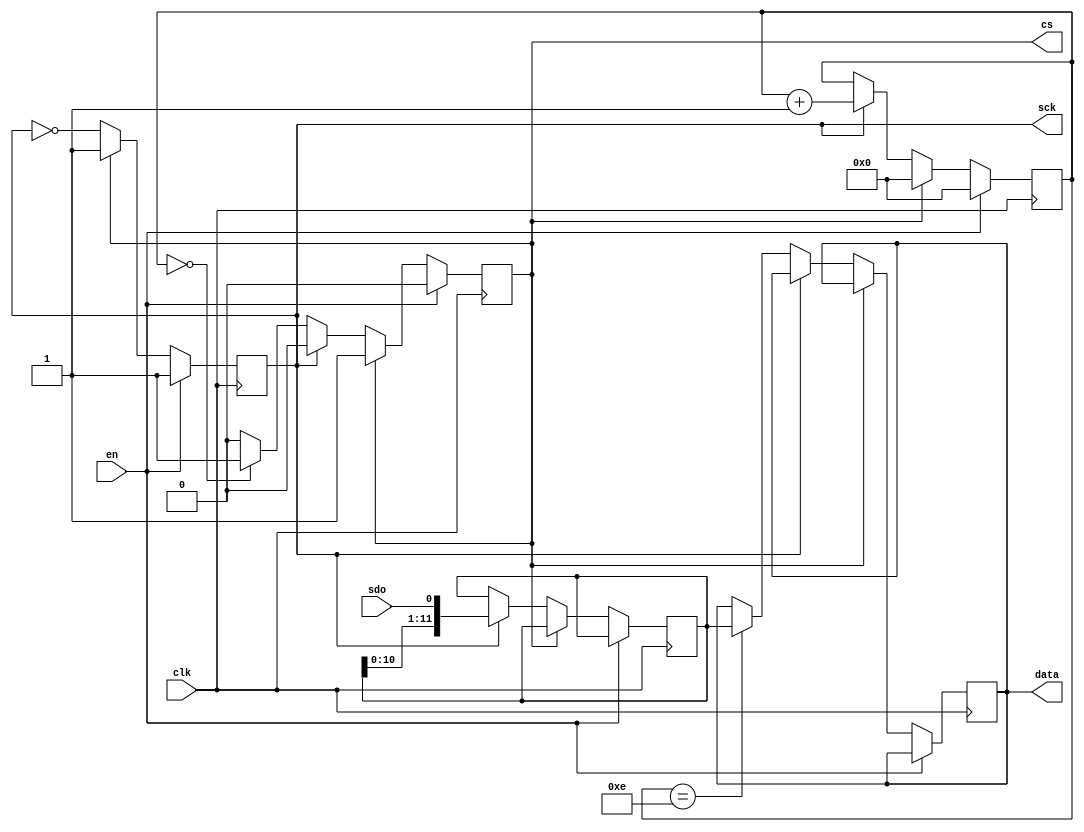
module ads7883(
	input wire clk,
	input wire en,
	output reg cs,
	output reg sck,
	input wire sdo,
	output reg [11:0] data
    //output adc_idle
);

	reg [3:0] cnt16 = 4'd0;
	reg [11:0] data_ = 12'd0;

	always@(posedge clk)begin
		if(en)begin
			cs <= 1'b0;
			cnt16 <= 4'd0;
			sck <= 1'b1;
		end
		else begin
			if(~cs)begin
				sck <= ~sck;
				if(sck)begin
					data_ <= {data_[10:0],sdo};
					cnt16 <= cnt16 + 1'b1;
				end
				else begin
					if(cnt16 == 4'd14)data <= data_;
					if(cnt16 == 4'd0)cs <= 1'b1;
				end
			end
			else begin
				cnt16 <= 4'd0;
				sck <= 1'b1;
			end
		end
	end
	
endmodule